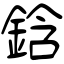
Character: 鋡